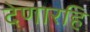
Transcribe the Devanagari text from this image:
देणारहि